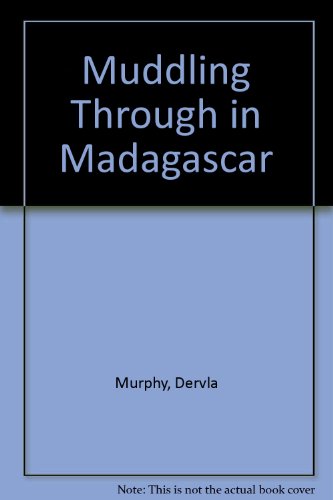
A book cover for Muddling through in Madagascar; Dervla Murphy; Travel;